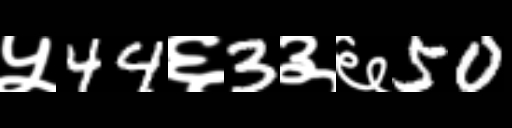
Text: ५44६3३६50